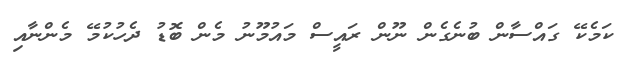
ކަމެކޭ ގައްސާން ބުނެގެން ނޫން ރައީސް މައުމޫނު މެން ބޮޑު ދެހުކުމޭ މެންނާއި